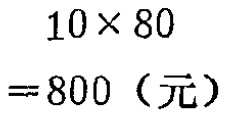
\[
\begin{align*}
&10\times 80\\
=&800（元）
\end{align*}
\]